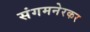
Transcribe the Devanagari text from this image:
संगमनेरकर